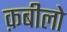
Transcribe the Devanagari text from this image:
क़बीलो